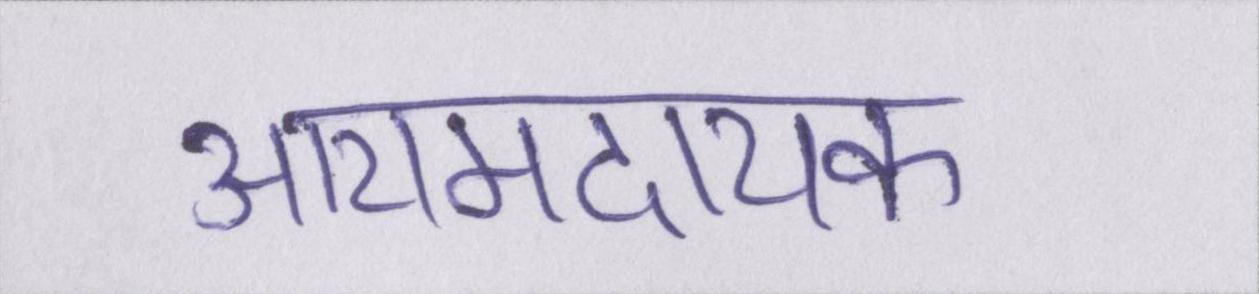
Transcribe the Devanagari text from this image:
आरामदायक